Subject: math
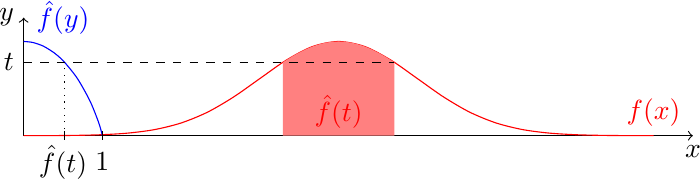
LaTeX code:
 	\begin{tikzpicture}[domain=0:8,xscale=1,yscale=3]
        \draw[<->] (0,0.5) node[left]{$y$}-- (0,0) -- (8.5,0) node[below] {$x$};
        \draw[domain=0:8,smooth,red] plot (\x, {1/(sqrt(2*pi))*exp(-(\x-4)^2/(2))}) node[above] {$f(x)$};
        \draw[domain={4-sqrt(1/2)}:{4+sqrt(1/2)}, smooth, variable=\x, fill=red!50, draw=none] plot ({\x},{1/(sqrt(2*pi))*exp(-(\x-4)^2/(2))}) -- ({4+sqrt(1/2)},0) -- ({4-sqrt(1/2)},0);
        \draw[blue] plot [smooth] coordinates {(0,{1/sqrt(2*pi)})  ({0.112463},{exp(-1/100)/sqrt(2*pi)})  ({0.24817},{exp(-1/20)/sqrt(2*pi)})  ({0.382925},{exp(-1/8)/sqrt(2*pi)}) ({0.436279},{exp(-1/6)/sqrt(2*pi)})  ({0.5202},{exp(-1/4)/sqrt(2*pi)})  ({0.682869},{exp(-1/2)/sqrt(2*pi)}) (0.842701,{exp(-1)/sqrt(2*pi)})  (0.9545,{exp(-2)/sqrt(2*pi)})  (1,0)};
        \draw[dashed] (0,{exp(-1/4)/sqrt(2*pi)}) -- ({4+sqrt(1/2)},{exp(-1/4)/sqrt(2*pi)});
        \draw[dotted] ({0.5202},0) -- ({0.5202},{exp(-1/4)/sqrt(2*pi)});
        \draw ({0.5202},0.02)--({0.5202},-0.02);
        \draw (1,0.02)--(1,-0.02);
        \node[left] at (0,{exp(-1/4)/sqrt(2*pi)}) {$t$} ;
        \node[below] at (0.5,0) {$\hat{f}(t)$} ;
        \node[below] at (1,-0.03) {{$1$}};
        \node[red] at ({4},0.1) {$\hat{f}(t)$} ;
        \node[blue] at (0.5,0.5) {$\hat{f}(y)$} ;

		 \end{tikzpicture}